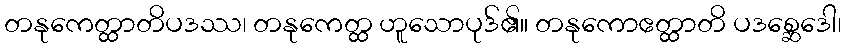
တနုကေတ္ထာတိပဒဿ၊ တနုကေတ္ထ ဟူသောပုဒ်၏။ တနုကောဧတ္ထာတိ ပဒစ္ဆေဒေါ၊